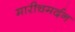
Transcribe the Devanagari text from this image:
मारीचमर्दन